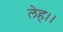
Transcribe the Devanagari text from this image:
लेह।।